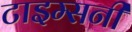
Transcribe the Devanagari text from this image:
टाइम्सनी